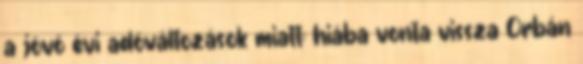
a jövő évi adóváltozások miatt: hiába vonta vissza Orbán